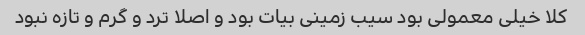
کلا خیلی معمولی بود سیب زمینی بیات بود و اصلا ترد و گرم و تازه نبود